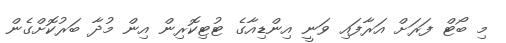
މި ބޯޓް ފަރަށް އަރާފައި ވަނީ އިންޑިއާގެ ޓުޓިކޮރިން އިން މުދާ ބަރުކޮށްގެން